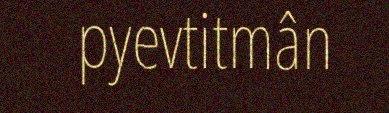
pyevtitmân